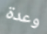
وعدة